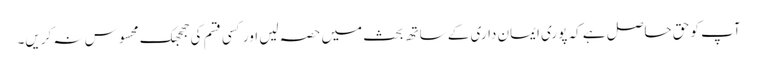
آپ کو حق حاصل ہے کہ پوری ایمان داری کے ساتھ بحث میں حصہ لیں اور کسی قسم کی جھجھک محسوس نہ کریں۔